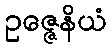
ဥဇ္ဇေနိယံ